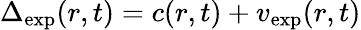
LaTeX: \Delta_{\mathrm{exp}}(r,t)=c(r,t)+v_{\mathrm{exp}}(r,t)